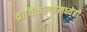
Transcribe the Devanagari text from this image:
व्रतवैकल्यांमध्येही